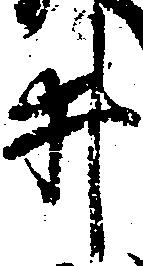
井